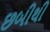
છબીથી